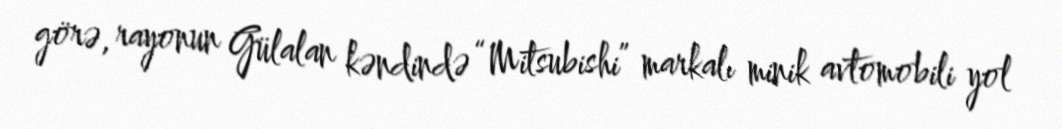
görə, rayonun Gülalan kəndində “Mitsubishi” markalı minik avtomobili yol